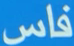
فاس